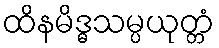
ထိနမိဒ္ဓသမ္ပယုတ္တံ